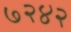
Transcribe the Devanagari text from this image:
७२४२